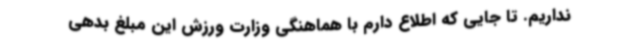
نداریم. تا جایی که اطلاع دارم با هماهنگی وزارت ورزش این مبلغ بدهی